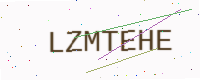
Text: LZMTEHE